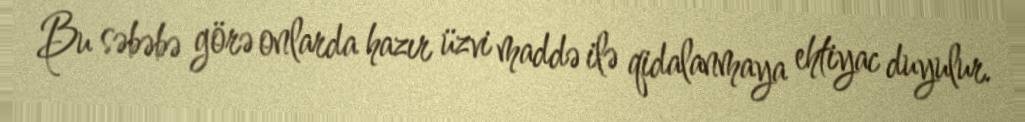
Bu səbəbə görə onlarda hazır üzvi maddə ilə qidalanmaya ehtiyac duyulur.